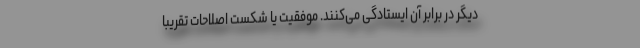
دیگر در برابر آن ایستادگی می‌کنند. موفقیت یا شکست اصلاحات تقریباً